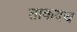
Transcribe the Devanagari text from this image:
ताकदच